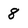
Character: 8